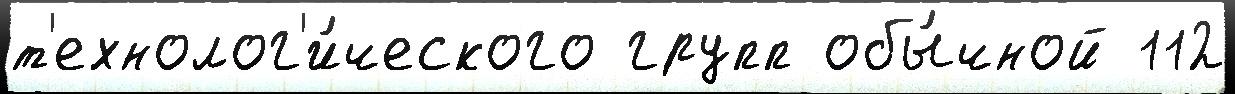
т'ехнолог'и́ческого групп обы́чной 112